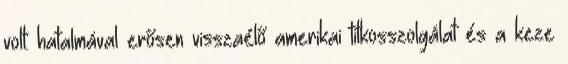
volt: hatalmával erősen visszaélő amerikai titkosszolgálat és a keze